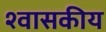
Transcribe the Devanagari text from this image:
श्वासकीय